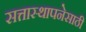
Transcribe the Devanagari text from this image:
सत्तास्थापनेसाठी